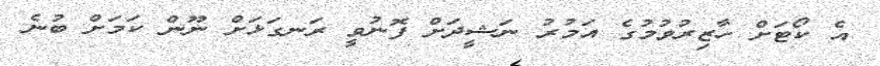
އެ ކޯޓަށް ހާޒިރުވުމުގެ އަމުރު ނަޝީދަށް ފޮނުވީ ރަނގަޅަށް ނޫން ކަމަށް ބުނެ